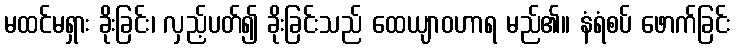
မထင်မရှား ခိုးခြင်း၊ လှည့်ပတ်၍ ခိုးခြင်းသည် ထေယျာဝဟာရ မည်၏။ နံရံစပ် ဖောက်ခြင်း